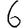
Digit: 6